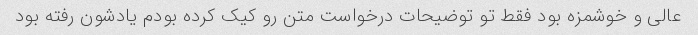
عالی و خوشمزه بود فقط تو توضیحات درخواست متن رو کیک کرده بودم یادشون رفته بود